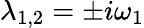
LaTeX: \lambda_{1,2}=\pm i\omega_{1}